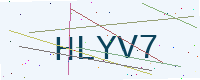
Text: HLYV7